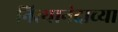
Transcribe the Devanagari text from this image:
नित्यानंदाच्या